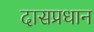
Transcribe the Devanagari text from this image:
दासप्रधान